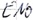
Text: EN0